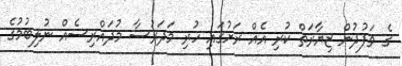
ގެ ވަފުދުން ޒިޔާރަތް ކުރި އެއް ރަށުގައި ހުރި މަދަރުސާ މުދައްރިސެއް ނުލިބުމުގެ